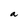
Character: a